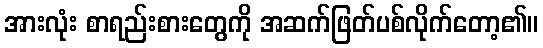
အားလုံး စာရည်းစားတွေကို အဆက်ဖြတ်ပစ်လိုက်တော့၏။